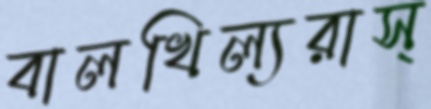
বালখিল্যরাস্